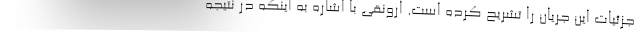
جزئیات این جریان را تشریح کرده است. ارونقی با اشاره به اینکه در نتیجه